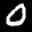
Label: 0